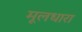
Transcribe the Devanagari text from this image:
मूलधारा